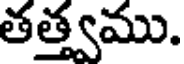
తత్త్వము.